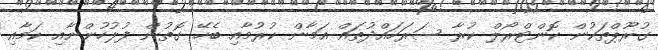
ގުރޫޕްތަކުން ކޮންޓްރޯލް ކުރާ ސަރަހައްދުތައް އަމާން ކުރުމާއި ބެހޭ ގޮތުން ފުލުހުންނާއި ކަމާއި